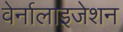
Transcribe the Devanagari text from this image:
वेर्नालाइजेशन